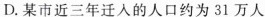
D.某市近三年迁人的人口约为31万人